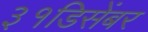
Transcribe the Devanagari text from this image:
३१डिसेंबर